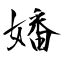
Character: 嬏